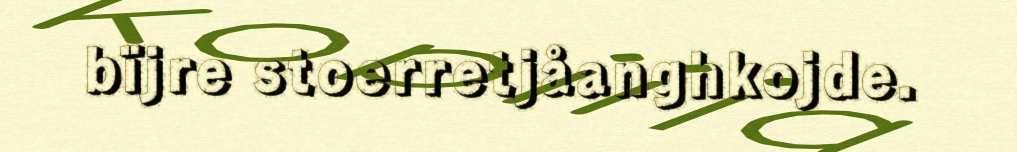
bïjre stoerretjåanghkojde.